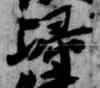
帰